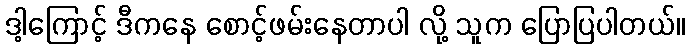
ဒါ့ကြောင့် ဒီကနေ စောင့်ဖမ်းနေတာပါ လို့ သူက ပြောပြပါတယ်။